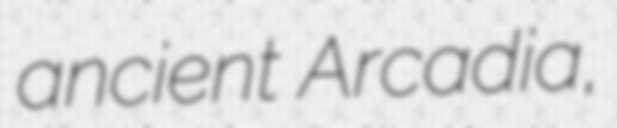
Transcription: ancient Arcadia,